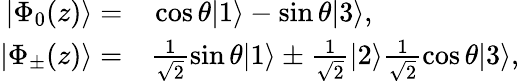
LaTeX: \begin{array}{r}{\begin{array}{rl}{|\Phi_{0}(z)\rangle=}&{{}\cos\theta|1\rangle-\sin\theta|3\rangle,}\\ {|\Phi_{\pm}(z)\rangle=}&{{}\frac{1}{\sqrt{2}}\sin\theta|1\rangle\pm\frac{1}{\sqrt{2}}|2\rangle\frac{1}{\sqrt{2}}\cos\theta|3\rangle,}\end{array}}\end{array}